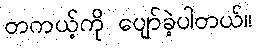
တကယ့်ကို ပျော်ခဲ့ပါတယ်။